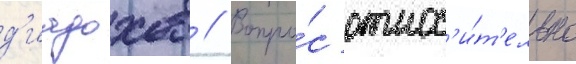
д'иадохов // Вопро́с относ'и́т'ельно